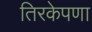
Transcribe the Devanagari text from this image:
तिरकेपणा